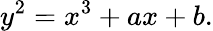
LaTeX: y^{2}=x^{3}+ax+b.